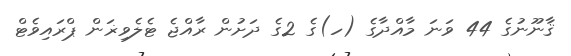
ޤާނޫނުގެ 44 ވަނަ މާއްދާގެ (ހ)ގެ 2ގެ ދަށުން ރާއްޖެ ޓެލެވިޜަން ޕްރައިވެޓް